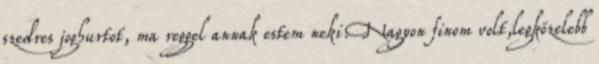
szedres joghurtot, ma reggel annak estem neki.Nagyon finom volt,legközelebb